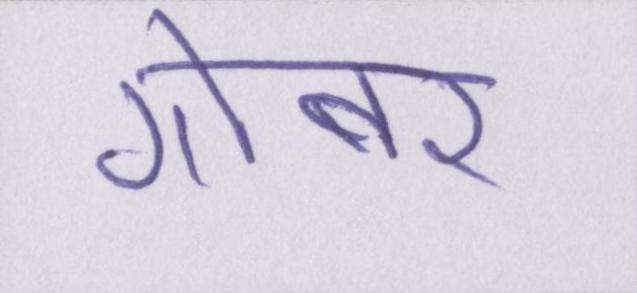
गोबर